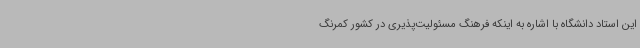
این استاد دانشگاه با اشاره به اینکه فرهنگ مسئولیت‌پذیری در کشور کمرنگ